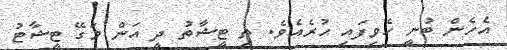
އެހެން ބުނީ ހެވިފައި ހުރެއެވެ. ތި ޓީޝާތު ދީ އަން މަގޭ ޓީޝާޓު